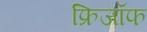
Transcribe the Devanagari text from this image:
फ्रिजॉफ